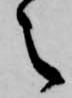
之